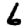
Digit: 6